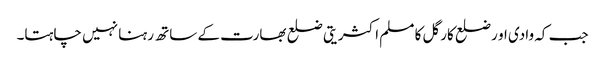
جب کہ وادی او رضلع کارگل کا مسلم اکثریتی ضلع بھارت کے ساتھ رہنا نہیں چاہتا۔